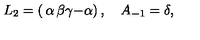
L _ { 2 } = \left( \begin{matrix} { \alpha } & { \beta } \\ { \gamma } & { - \alpha } \\ \end{matrix} \right) , \quad A _ { - 1 } = \delta ,